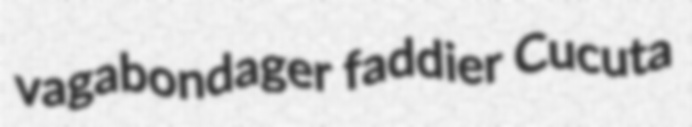
vagabondager faddier Cucuta